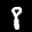
Label: 8